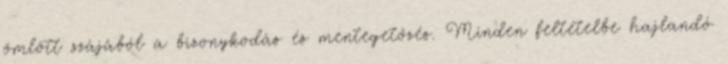
ömlött szájából a bizonykodás és mentegetőzés. Minden feltételbe hajlandó